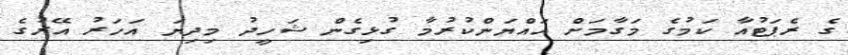
ގެ ރެޕަޓުއާ ކަމުގެ މަގާމަށް އައްޔަންކުރުމާ ގުޅިގެން ޝަހީދު މިދިޔަ އަހަރު އޭރުގެ